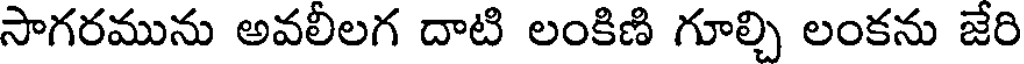
సాగరమును అవలీలగ దాటి లంకిణి గూల్చి లంకను జేరి